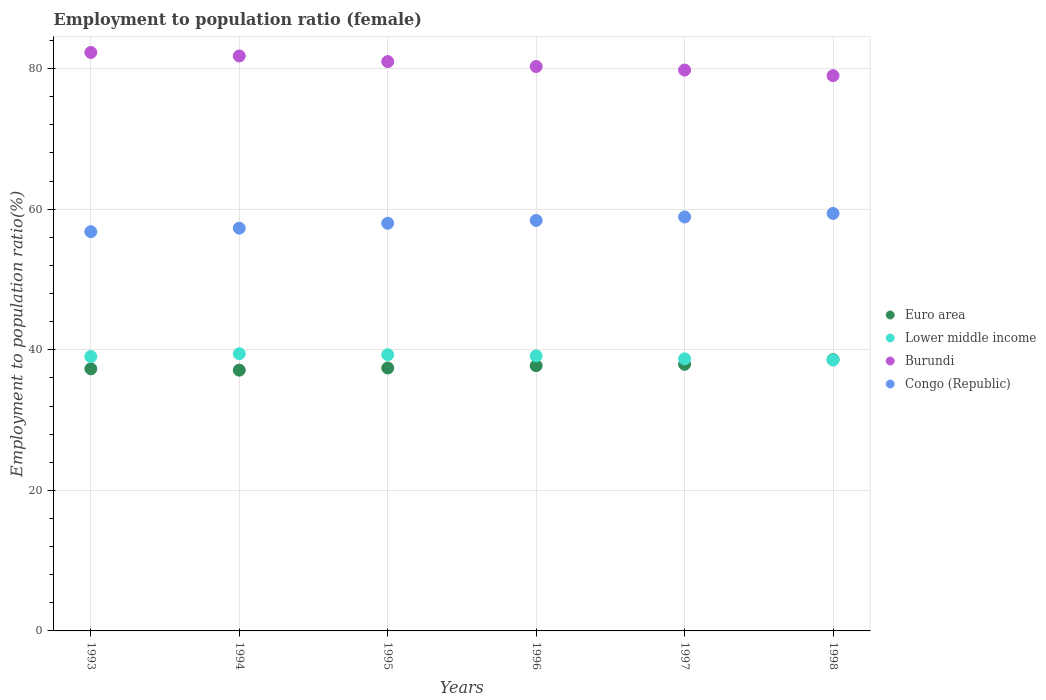
| Years | Euro area | Lower middle income | Burundi | Congo (Republic) |
 | --- | --- | --- | --- | --- |
 | 1993 | 37.3 | 39 | 82.3 | 56.8 |
 | 1994 | 37.1 | 39.4 | 81.8 | 57.3 |
 | 1995 | 37.4 | 39.3 | 81 | 58 |
 | 1996 | 37.7 | 39.1 | 80.3 | 58.4 |
 | 1997 | 37.9 | 38.7 | 79.8 | 58.9 |
 | 1998 | 38.6 | 38.5 | 79 | 59.4 |